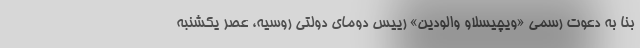
بنا به دعوت رسمی «ویچیسلاو والودین» رییس دومای دولتی روسیه، عصر یکشنبه